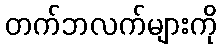
တက်ဘလက်များကို